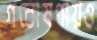
গবোষণায়ও